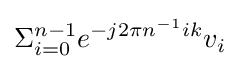
\Sigma _{i=0}^{n-1}e^{-j2\pi n^{-1}ik}v_{i}